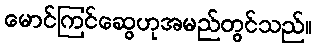
မောင်ကြင်ဆွေဟုအမည်တွင်သည်။